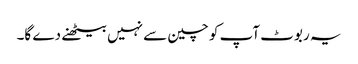
یہ ربوٹ آپ کو چین سے نہیں بیٹھنے دے گا۔